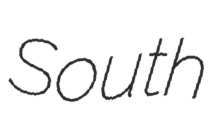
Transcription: South